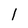
Character: 1